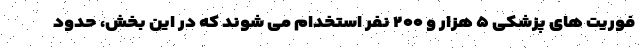
فوریت های پزشکی ۵ هزار و ۲۰۰ نفر استخدام می شوند که در این بخش، حدود